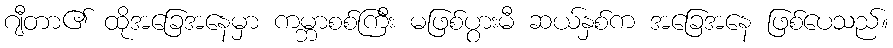
ဂျီတာ၏ ထိုအခြေအနေမှာ ကမ္ဘာစစ်ကြီး မဖြစ်ပွားမီ ဆယ်နှစ်က အခြေအနေ ဖြစ်ပေသည်။